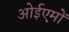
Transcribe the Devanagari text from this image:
ओईएमों